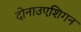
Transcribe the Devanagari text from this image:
दोनाउएशिंगन